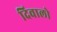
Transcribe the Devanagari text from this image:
दिवालो